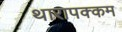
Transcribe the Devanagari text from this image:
थारापक्कम